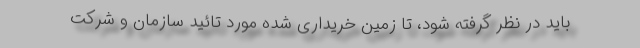
باید در نظر گرفته شود، تا زمین خریداری شده مورد تائید سازمان و شرکت